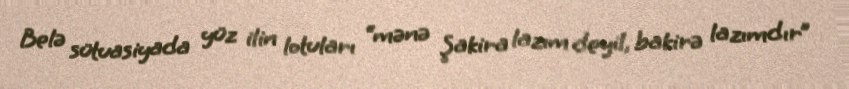
Belə sütuasiyada yüz ilin lotuları “mənə Şakira lazım deyil, bakirə lazımdır”